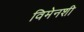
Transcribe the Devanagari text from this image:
विमेनशी